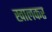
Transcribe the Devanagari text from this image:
खालकर